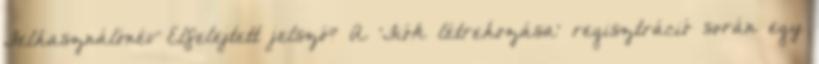
Felhasználónév Elfelejtett jelszó? A 'Fiók létrehozása' regisztráció során egy